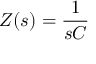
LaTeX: Z ( s ) = { \frac { 1 } { s C } }